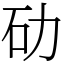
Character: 劯